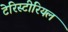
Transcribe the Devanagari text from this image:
टेरिस्टीरियल